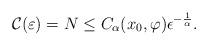
LaTeX: \begin{align*}\mathcal{C}(\varepsilon)=N\le C_\alpha(x_0,\varphi)\epsilon^{-\frac{1}{\alpha}}.\end{align*}